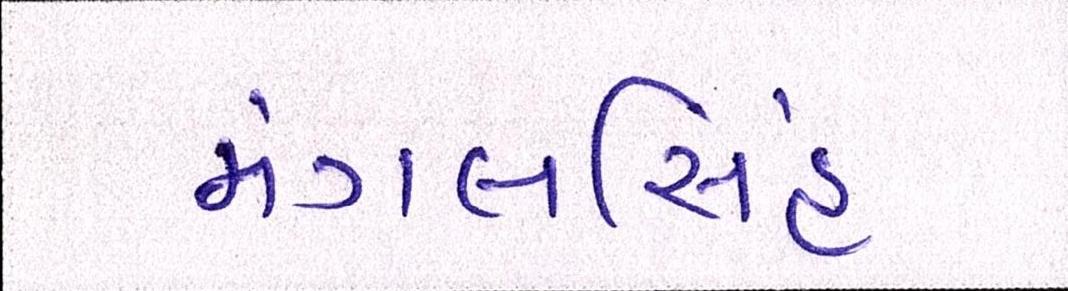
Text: મંગલસિંહ